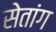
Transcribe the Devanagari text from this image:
सेतांग